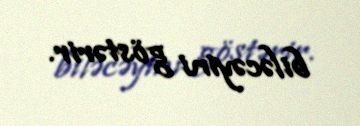
biləcəyini göstərir.